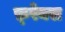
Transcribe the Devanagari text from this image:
फ़्रेक्स